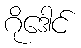
ဂိုဒေါင်